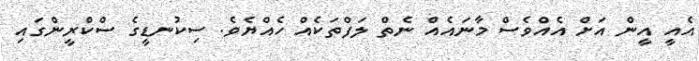
އެއީ އީން އަށް އެއްވެސް މާނައެއް ނެތް ލަފްތަކެއް ހެއްޔެވެ. ސިކުނޑީގެ ސްކްރީންގައި